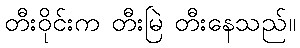
တီးဝိုင်းက တီးမြဲ တီးနေသည်။